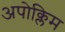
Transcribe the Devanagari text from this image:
अपोक्लिम